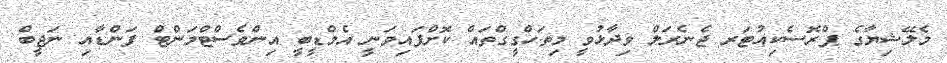
މެލޭޝިޔާގެ ޕްރޮސެކިއުޓަރ ޖެނެރަލް ވިދާޅުވީ މިތަހްގީގްތައް ކޮށްފައިވަނީ އެމްޑީބީ އިންވެސްޓްމަންޓް ފަންޑާއި ނަޖީބް